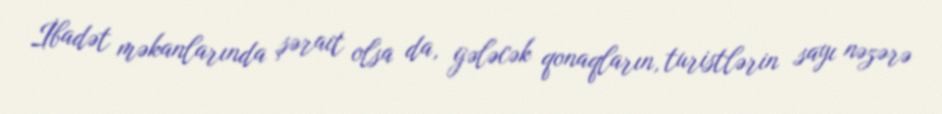
İbadət məkanlarında şərait olsa da, gələcək qonaqların, turistlərin sayı nəzərə